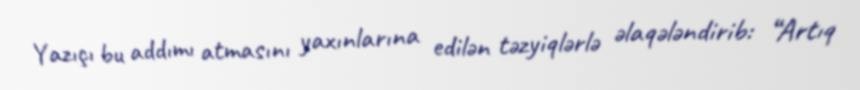
Yazıçı bu addımı atmasını yaxınlarına edilən təzyiqlərlə əlaqələndirib: “Artıq